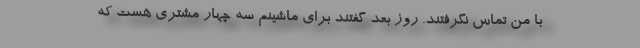
با من تماس نگرفتند. روز بعد گفتند برای ماشینم سه چهار مشتری هست که